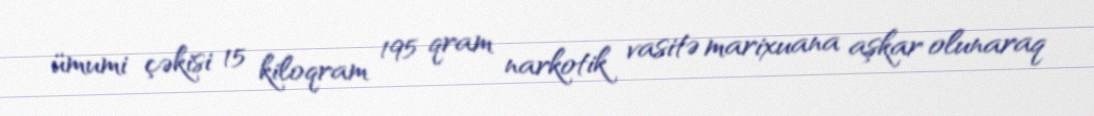
ümumi çəkisi 15 kiloqram 195 qram narkotik vasitə marixuana aşkar olunaraq